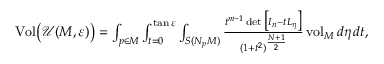
\begin{array} { r } { \mathrm { V o l } \bigl ( \mathcal { U } ( M , \varepsilon ) \bigr ) = \int _ { p \in M } \int _ { t = 0 } ^ { \tan \varepsilon } \int _ { S ( N _ { p } M ) } \frac { t ^ { m - 1 } \operatorname* { d e t } \big [ I _ { n } - t L _ { \eta } \big ] } { ( 1 + t ^ { 2 } ) ^ { \frac { N + 1 } { 2 } } } \, \mathrm { v o l } _ { M } \, d \eta \, d t , } \end{array}